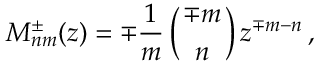
M _ { n m } ^ { \pm } ( z ) = \mp { \frac { 1 } { m } } \left( { \mp m \atop n } \right) z ^ { \mp m - n } \, ,